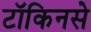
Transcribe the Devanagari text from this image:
टॉकिनसे